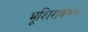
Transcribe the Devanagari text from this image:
भूशिरावरून